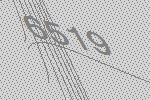
6519